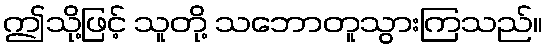
ဤသို့ဖြင့် သူတို့ သဘောတူသွားကြသည်။